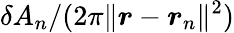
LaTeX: \delta A_{n}/(2\pi\lVert\boldsymbol{r}-\boldsymbol{r}_{n}\rVert^{2})